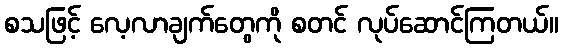
စသဖြင့် လေ့လာချက်တွေကို စတင် လုပ်ဆောင်ကြတယ်။